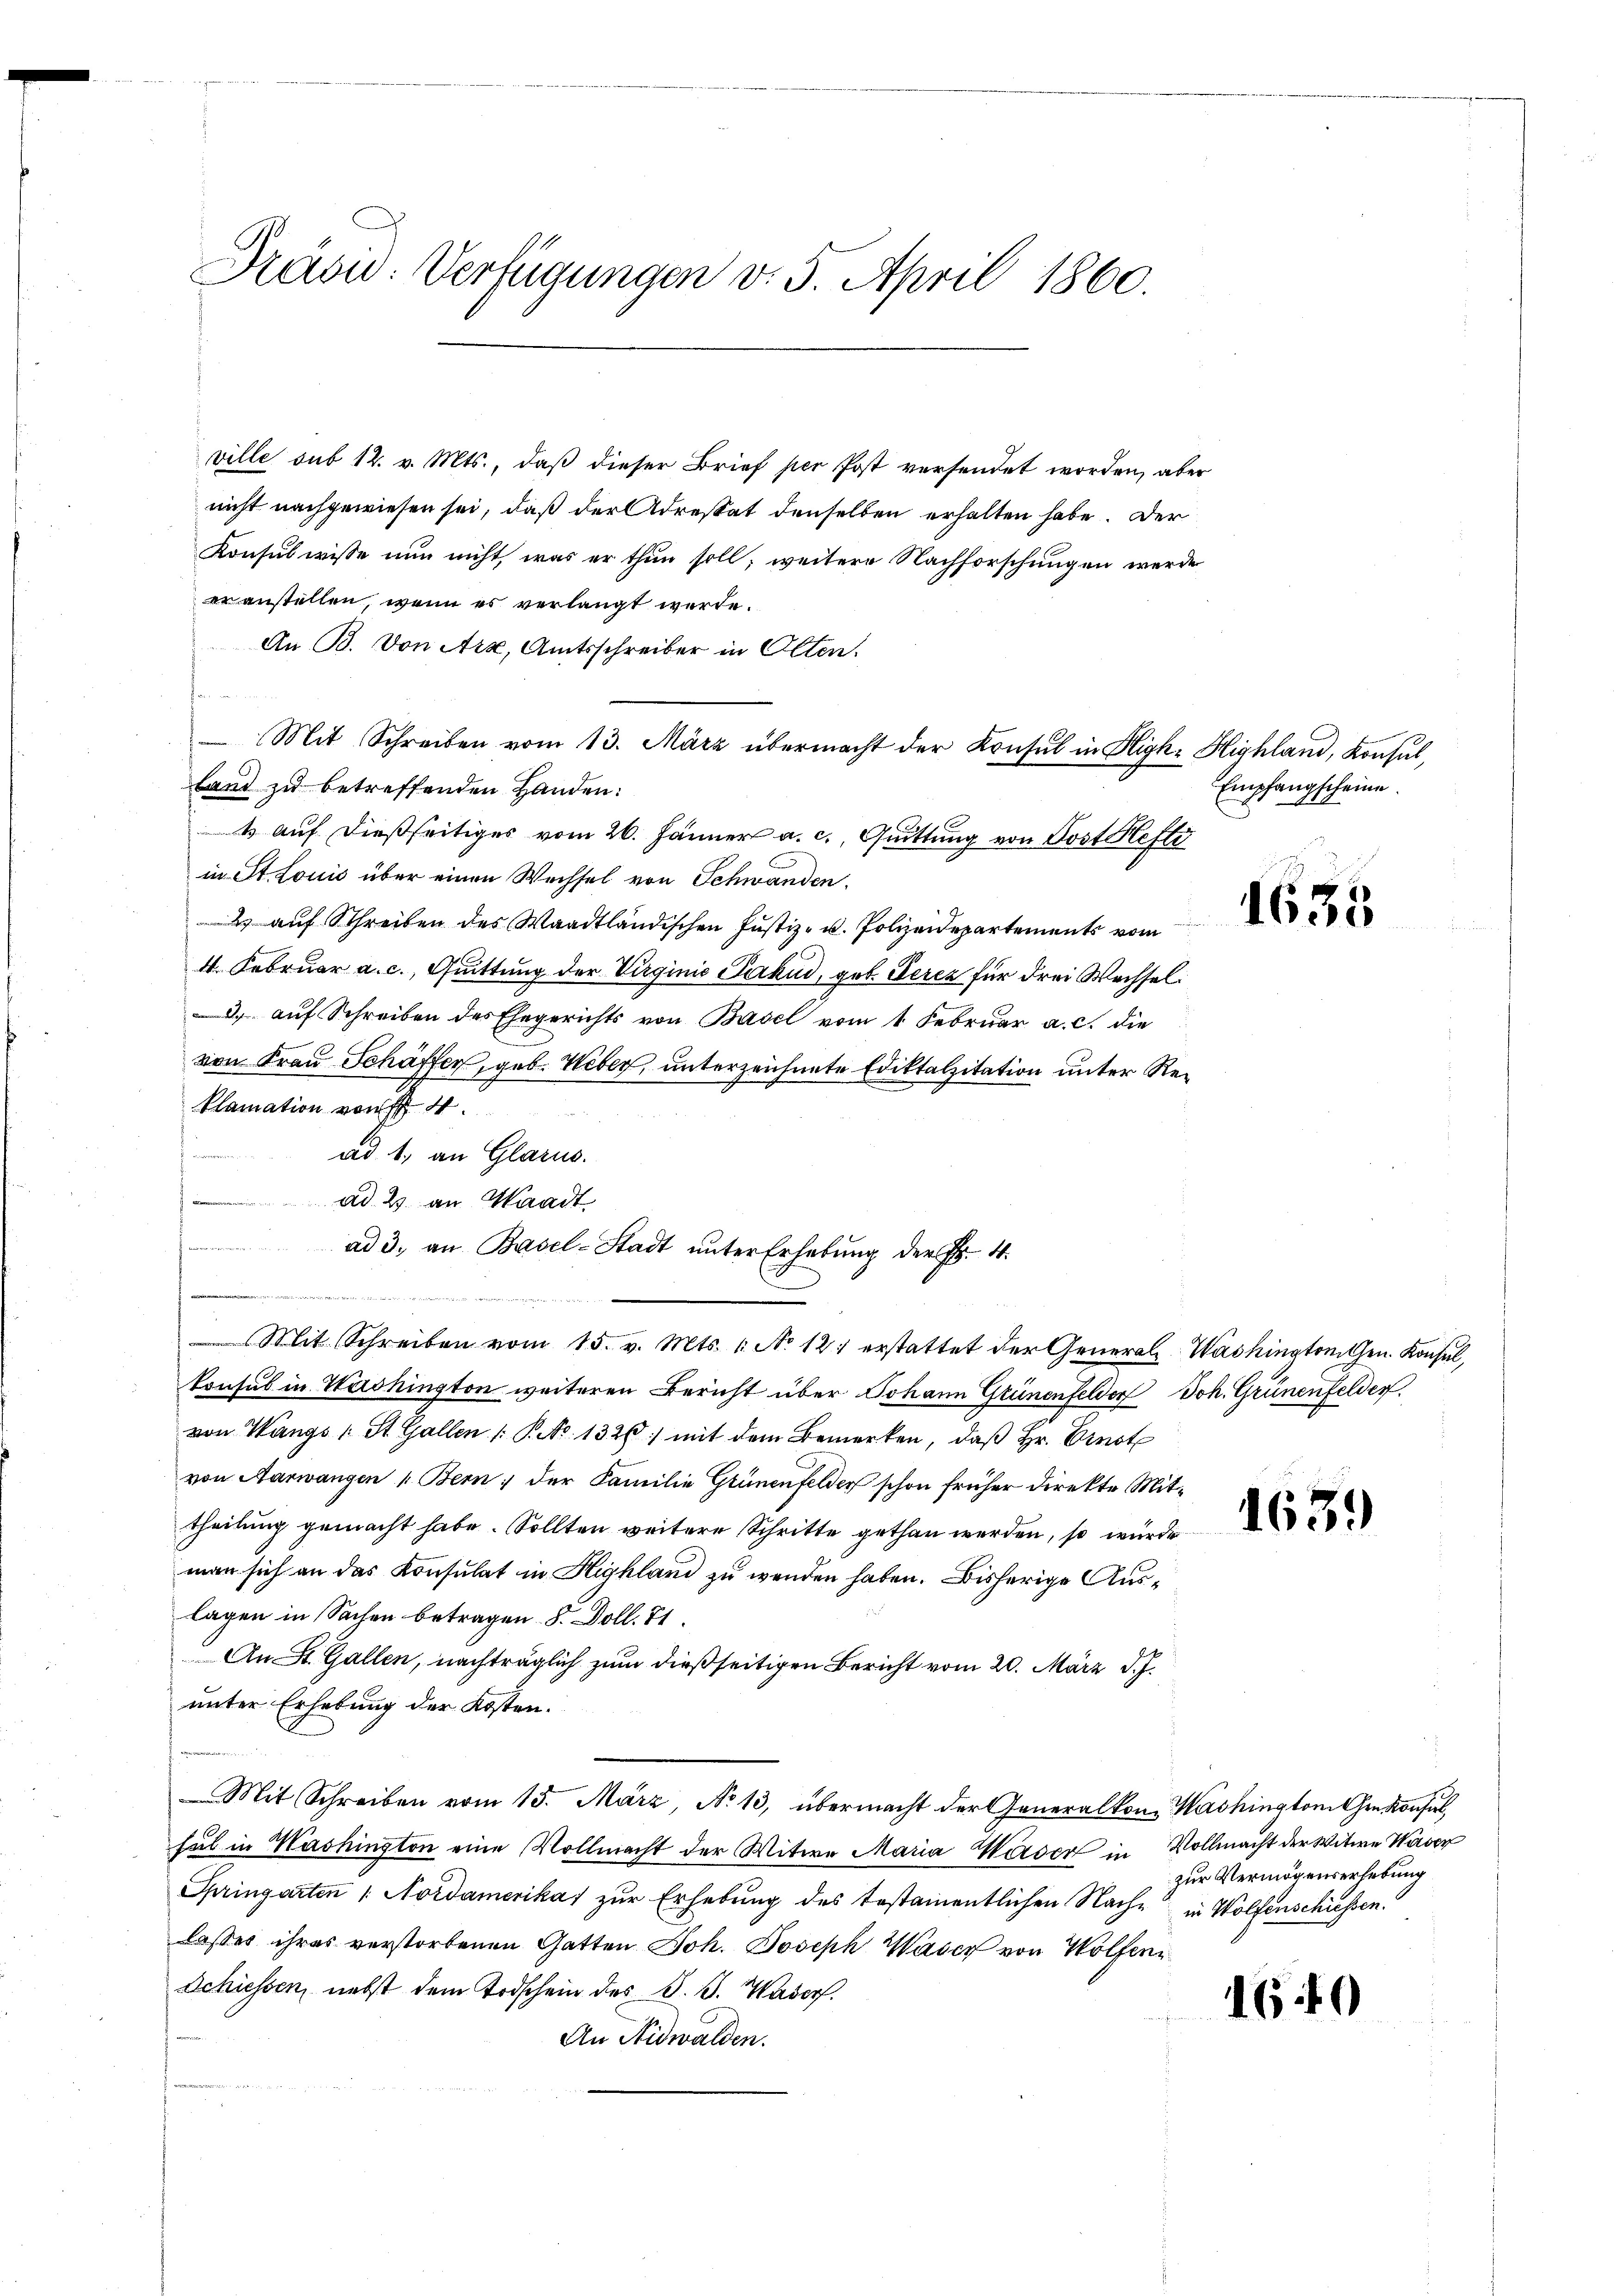
Präsid. Verfügungen v. 5. April 1860.

ville sub 12. v. Mts., daß dieser Brief per Post versendet worden, aber
nicht nachgewiesen sei, daß der Adrestat denselben erhalten habe. Der
Konsul wisse nun nicht, was er thun soll, weitere Nachforschungen werde
eranstellen, wenn es verlangt werde.
An B. Von Arx, Amtsschreiber in Olten.
 Mit Schreiben vom 13. März übermacht der Konsul in High- Highland, Konsul,
land zu betreffenden Handen:
1 auf dießseitiges vom 26. Jänner a. c., Quittung von Post Hefti
in St. Louis über einen Wechsel von Schwanden.
2 auf Schreiben des Waadtländischen Justiz- u. Polizeidepartements vom
4. Februar a. c., Quittung der Virginie Pakud, geb. Deren für drei Wechsel¬
2. auf Schreiben des Ehegerichts von Basel vom 1. Februar a. c. die
von Frau Schäffer, geb. Weber, unterzeichnete Ediktalzitation unter Re¬
Plamation von 4.
ad 1., an Glarus.

ad 2) an Waadt
dende
a
Consul in Washington weiteren Bericht über Johann Grünenfelder Joh. Grünenfelder,
von Wangs 1 St. Gallen /: P. Nr. 1326) mit dem Bemerken, daβ hr. Ernst
von Aarwangen Bern; der Familie Grünenfelder schon früher Direkte Mittheilung gemacht habe. Sollten weitere Schritte gethan werden, so wurde
man sich an das Konsulat in Highland zu werden haben. Bisherige Auslagen in Sachen betragen 8. Doll. 81
An St. Gallen, nachträglich zum dießseitigen Bericht vom 20. März d. J.
unter Erhebung der Kosten.
Mit Schreiben vom 15. März, No 13, übermacht der Generalkon Washingtonien Konsul
hal in Washington eine Vollmacht der Witwe Maria Waser in Vollmacht der Witwe Waser
Springarten 1. Nordamerikas zur Erhebung des testamentlichen Nache in Wolfenschiessen.
lasses ihres verstorbenen Gatten Joh. Joseph Waser von Wolfen
Schiessen, nebst dem Todschein des B. G. Wasorf.
An Nidwalden.

ad 3. an Basel-Stadt unter Erhebung der Fr. 4.
Mit Schreiben vom 15. v. Mts. 1. No 12. erstattet der General-Washingtoniten. Konsul,

Empfangscheine.

1635

1639

zur Vermögenserhebung

1640